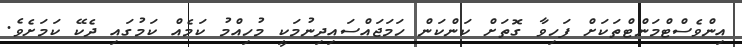
އިންވެސްޓްމަންޓްތަކަށް ފަހިވާ ގޮތަށް ކަންކަން ހަމަޖައްސައިދިނުމަކީ މުހިއްމު ކަމެއް ކަމުގައި ދެކޭ ކަމަށެވެ.